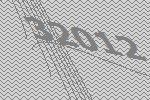
32012